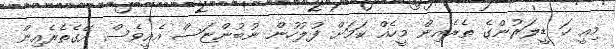
މިއީ ހަ ޑީލަރުންގެ ތެރެއިން މީހެއް ކަމަށް ފުލުހުން ނުބުންޏަސް އެއީވެސް އޭގެތެރެއިން